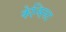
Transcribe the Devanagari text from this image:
केन्सिस्ट